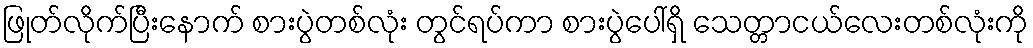
ဖြုတ်လိုက်ပြီးနောက် စားပွဲတစ်လုံး တွင်ရပ်ကာ စားပွဲပေါ်ရှိ သေတ္တာငယ်လေးတစ်လုံးကို